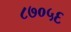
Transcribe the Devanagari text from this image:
८७०५६